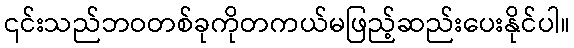
၎င်းသည်ဘဝတစ်ခုကိုတကယ်မဖြည့်ဆည်းပေးနိုင်ပါ။